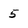
Character: 5